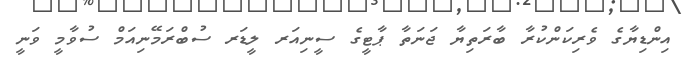
އިންޑިޔާގެ ވެރިކަންކުރާ ބާރަތިޔާ ޖަނަތާ ޕާޓީގެ ސީނިއަރ ލީޑަރ ސުބްރަމޭނިއަމް ސުވާމީ ވަނީ